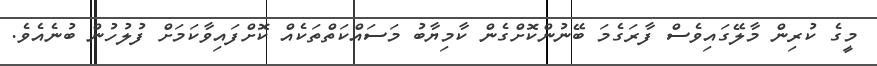
މީގެ ކުރިން މާލޭގައިވެސް ފާރަގެމަ ބޭނުންކޮށްގެން ކާމިޔާބު މަސައްކަތްތަކެއް ކޮށްފައިވާކަމަށް ފުލުހުން ބުނެއެވެ.